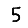
Digit: 5